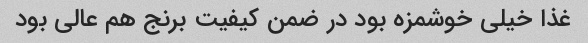
غذا خیلی خوشمزه بود در ضمن کیفیت برنج هم عالی بود